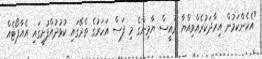
"އެހެންކަމުން އިރާދަކުރެއްވިއްޔާ ރައީސް ޔާމިންގެ މި ފަސް އަހަރުގެ ތެރޭގައި ކުޅުދުއްފުށީގައި އެއާޕޯޓެއް